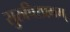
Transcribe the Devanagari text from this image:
सुरुचिरप्रभम्